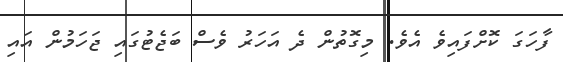
ފާހަގަ ކޮށްފައިވެ އެވެ. މިގޮތުން ދެ އަހަރު ވެސް ބަޖެޓުގައި ޖަހަމުން އައި